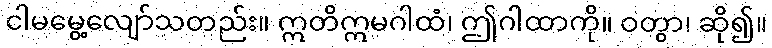
ငါမမွေ့လျော်သတည်း။ ဣတိဣမဂါထံ၊ ဤဂါထာကို။ ဝတွာ၊ ဆို၍။